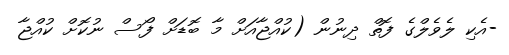
-އެކި ލެވެލްގެ ފޮތް ދިނުން (ކުއްޖާއަށް މާ ބޮޑަށް ފޯސް ނުކޮށް ކުއްޖާ